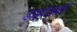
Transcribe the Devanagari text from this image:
डाइपोडाइडी